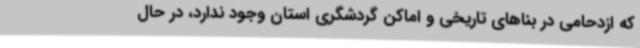
که ازدحامی در بناهای تاریخی و اماکن گردشگری استان وجود ندارد، در حال